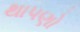
થાપણો